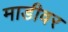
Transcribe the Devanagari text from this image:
माडीवर